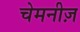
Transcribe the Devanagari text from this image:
चेमनीज़